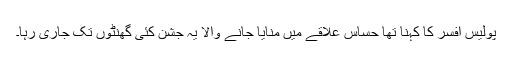
پولیس افسر کا کہنا تھا حساس علاقے میں منایا جانے والا یہ جشن کئی گھنٹوں تک جاری رہا۔